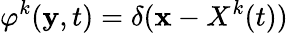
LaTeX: \varphi^{k}(\textbf{y},t)=\delta(\textbf{x}-X^{k}(t))